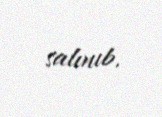
salınıb.